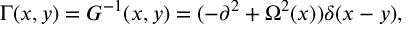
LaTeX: \Gamma ( x , y ) = G ^ { - 1 } ( x , y ) = ( - \partial ^ { 2 } + \Omega ^ { 2 } ( x ) ) \delta ( x - y ) ,